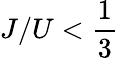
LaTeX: J/U<\frac{1}{3}